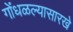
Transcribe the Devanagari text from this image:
गोंधळल्यासारखे